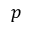
p